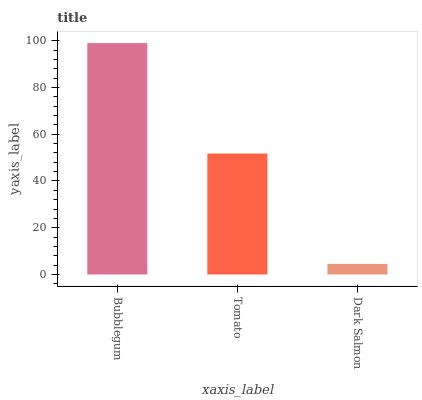
| xaxis_label | bars |
 | --- | --- |
 | Bubblegum | 99 |
 | Tomato | 51.8 |
 | Dark Salmon | 4.53 |